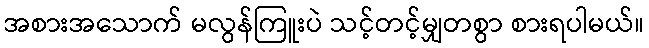
အစားအသောက် မလွန်ကြူးပဲ သင့်တင့်မျှတစွာ စားရပါမယ်။